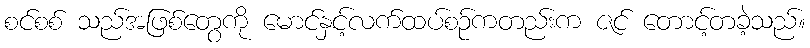
စင်စစ် သည်အဖြစ်တွေကို မောင်နှင့်လက်ထပ်စဉ်ကတည်းက ဇင် တောင့်တခဲ့သည်။